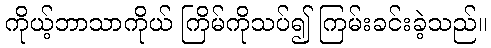
ကိုယ့်ဘာသာကိုယ် ကြိမ်ကိုသပ်၍ ကြမ်းခင်းခဲ့သည်။